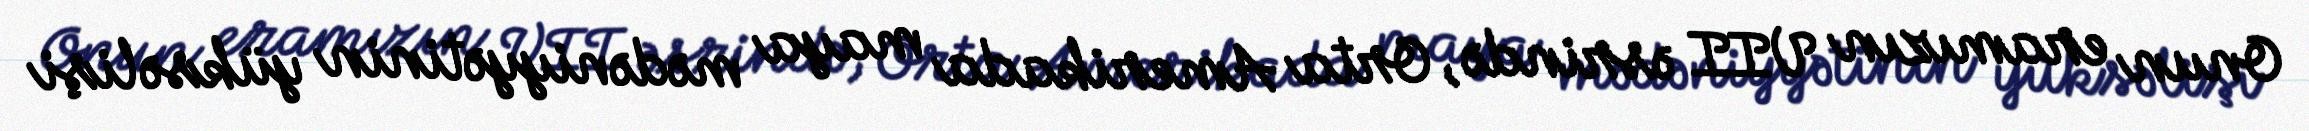
Onun eramızın VII əsrində, Orta Amerikada maya mədəniyyətinin yüksəlişi